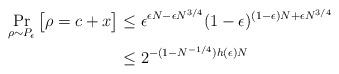
LaTeX: \begin{align*}\Pr_{\rho\sim P_\epsilon}\big[\rho=c+x\big]&\leq \epsilon^{\epsilon N-\epsilon N^{3/4}}(1-\epsilon)^{(1-\epsilon)N+\epsilon N^{3/4}}\\&\leq2^{-(1-N^{-1/4})h(\epsilon)N}\end{align*}